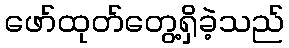
ဖော်ထုတ်တွေ့ရှိခဲ့သည်